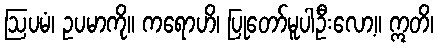
ဩပမံ၊ ဥပမာကို။ ကရောဟိ၊ ပြုတော်မူပါဦးလော့။ ဣတိ၊